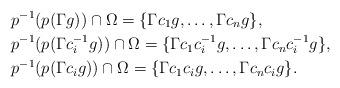
LaTeX: \begin{align*}& p^{-1}(p(\Gamma g))\cap \Omega =\{\Gamma c_1 g,\ldots, \Gamma c_n g\},\\& p^{-1}(p(\Gamma c_i^{-1} g))\cap \Omega =\{\Gamma c_1c_i^{-1}g,\ldots, \Gamma c_nc_i^{-1}g\},\\& p^{-1}(p(\Gamma c_i g))\cap \Omega =\{\Gamma c_1 c_i g,\ldots, \Gamma c_n c_i g\}.\end{align*}